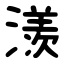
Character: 㵪